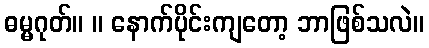
ဓမ္မဂုတ်။ ။ နောက်ပိုင်းကျတော့ ဘာဖြစ်သလဲ။